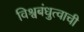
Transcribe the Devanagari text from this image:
विश्वबंधुत्वाची